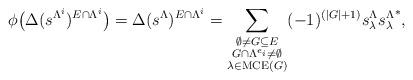
LaTeX: \begin{align*}\phi\big(\Delta(s^{\Lambda^i})^{E\cap \Lambda^i}\big)=\Delta(s^\Lambda)^{E\cap \Lambda^i}=\sum_{\substack{\emptyset\neq G\subseteq E\\ G\cap \Lambda^{e_i}\neq \emptyset \\ \lambda\in \mathrm{MCE}(G)}}(-1)^{(|G|+1)}s_\lambda^\Lambda {s_\lambda^\Lambda}^*,\end{align*}